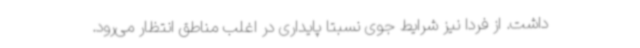
داشت. از فردا نیز شرایط جوی نسبتا پایداری در اغلب مناطق انتظار می‌رود.